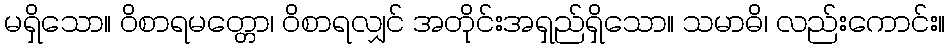
မရှိသော။ ဝိစာရမတ္တော၊ ဝိစာရလျှင် အတိုင်းအရှည်ရှိသော။ သမာဓိ၊ လည်းကောင်း။